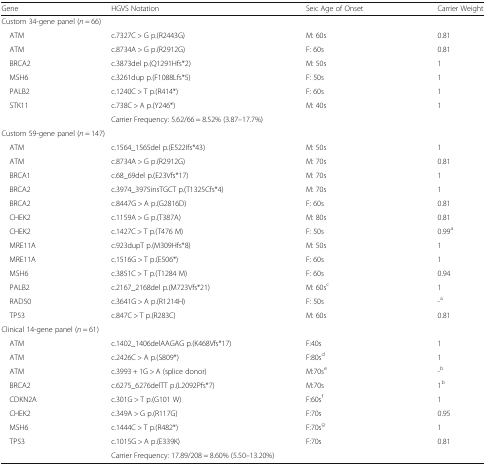
<table><thead><tr><td><b>Gene</b></td><td><b>HGVS Notation</b></td><td><b>Sex: Age of Onset</b></td><td><b>Carrier Weight</b></td></tr></thead><tbody><tr><td colspan="4">Custom 34-gene panel (<i>n</i> = 66)</td></tr><tr><td> ATM</td><td>c.7327C &gt; G p.(R2443G)</td><td>M: 60s</td><td>0.81</td></tr><tr><td> ATM</td><td>c.8734A &gt; G p.(R2912G)</td><td>F: 60s</td><td>0.81</td></tr><tr><td> BRCA2</td><td>c.3873del p.(Q1291Hfs*2)</td><td>M: 50s</td><td>1</td></tr><tr><td> MSH6</td><td>c.3261dup p.(F1088Lfs*5)</td><td>F: 50s</td><td>1</td></tr><tr><td> PALB2</td><td>c.1240C &gt; T p.(R414*)</td><td>F: 60s</td><td>1</td></tr><tr><td> STK11</td><td>c.738C &gt; A p.(Y246*)</td><td>M: 40s</td><td>1</td></tr><tr><td></td><td colspan="3">Carrier Frequency: 5.62/66 = 8.52% (3.87–17.7%)</td></tr><tr><td colspan="4">Custom 59-gene panel (<i>n</i> = 147)</td></tr><tr><td> ATM</td><td>c.1564_1565del p.(E522Ifs*43)</td><td>M: 50s</td><td>1</td></tr><tr><td> ATM</td><td>c.8734A &gt; G p.(R2912G)</td><td>M: 70s</td><td>0.81</td></tr><tr><td> BRCA1</td><td>c.68_69del p.(E23Vfs*17)</td><td>M: 70s</td><td>1</td></tr><tr><td> BRCA2</td><td>c.3974_3975insTGCT p.(T1325Cfs*4)</td><td>M: 70s</td><td>1</td></tr><tr><td> BRCA2</td><td>c.8447G &gt; A p.(G2816D)</td><td>F: 60s</td><td>0.81</td></tr><tr><td> CHEK2</td><td>c.1159A &gt; G p.(T387A)</td><td>M: 80s</td><td>0.81</td></tr><tr><td> CHEK2</td><td>c.1427C &gt; T p.(T476 M)</td><td>F: 50s</td><td>0.99<sup>a</sup></td></tr><tr><td> MRE11A</td><td>c.923dupT p.(M309Hfs*8)</td><td>M: 50s</td><td>1</td></tr><tr><td> MRE11A</td><td>c.1516G &gt; T p.(E506*)</td><td>F: 60s</td><td>1</td></tr><tr><td> MSH6</td><td>c.3851C &gt; T p.(T1284 M)</td><td>F: 60s</td><td>0.94</td></tr><tr><td> PALB2</td><td>c.2167_2168del p.(M723Vfs*21)</td><td>M: 60s<sup>c</sup></td><td>1</td></tr><tr><td> RAD50</td><td>c.3641G &gt; A p.(R1214H)</td><td>F: 50s</td><td>-<sup>a</sup></td></tr><tr><td> TP53</td><td>c.847C &gt; T p.(R283C)</td><td>M: 60s</td><td>0.81</td></tr><tr><td colspan="4">Clinical 14-gene panel (<i>n</i> = 61)</td></tr><tr><td> ATM</td><td>c.1402_1406delAAGAG p.(K468Vfs*17)</td><td>F:40s</td><td>1</td></tr><tr><td> ATM</td><td>c.2426C &gt; A p.(S809*)</td><td>F:80s<sup>d</sup></td><td>1</td></tr><tr><td> ATM</td><td>c.3993 + 1G &gt; A (splice donor)</td><td>M:70s<sup>e</sup></td><td>-<sup>b</sup></td></tr><tr><td> BRCA2</td><td>c.6275_6276delTT p.(L2092Pfs*7)</td><td>M:70s</td><td>1<sup>b</sup></td></tr><tr><td> CDKN2A</td><td>c.301G &gt; T p.(G101 W)</td><td>F:60s<sup>f</sup></td><td>1</td></tr><tr><td> CHEK2</td><td>c.349A &gt; G p.(R117G)</td><td>F:70s</td><td>0.95</td></tr><tr><td> MSH6</td><td>c.1444C &gt; T p.(R482*)</td><td>F:70s<sup>g</sup></td><td>1</td></tr><tr><td> TP53</td><td>c.1015G &gt; A p.(E339K)</td><td>F:70s</td><td>0.81</td></tr><tr><td></td><td colspan="3">Carrier Frequency: 17.89/208 = 8.60% (5.50–13.20%)</td></tr></tbody></table>